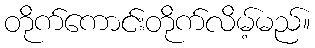
တိုက်ကောင်းတိုက်လိမ့်မည်။